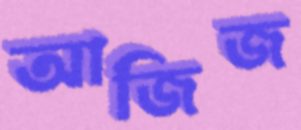
আজিজ